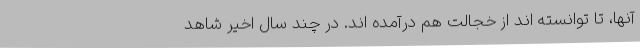
آنها، تا توانسته اند از خجالت هم درآمده اند. در چند سال اخیر شاهد